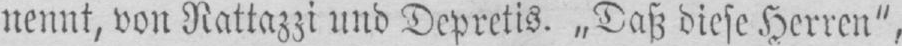
nennt, von Nattazzi und Depretis. „Daß diese Herren”,